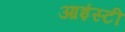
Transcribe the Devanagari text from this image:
आइंस्टी